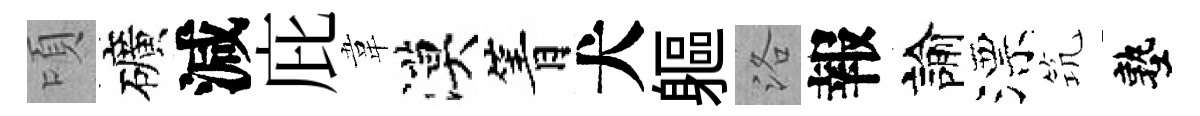
頃礦減庇韋漠箐犬軀洛報諭漂𥬑塾